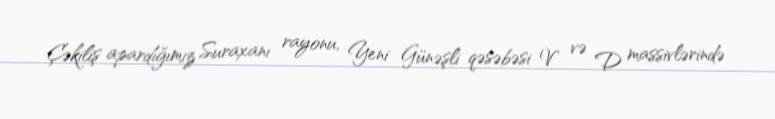
Çəkiliş apardığımız Suraxanı rayonu, Yeni Günəşli qəsəbəsi V və D massivlərində